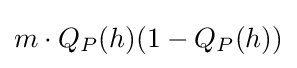
m\cdot Q_{P}(h)(1-Q_{P}(h))